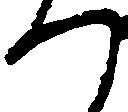
つ